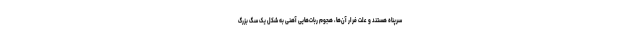
سرپناه هستند و علت فرار آن‌ها، هجوم ربات‌هایی آهنی به شکل یک سگ بزرگ